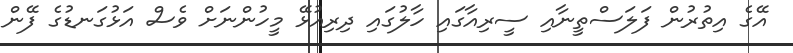
އޭގެ އިތުރުން ފަލަސްތީނާއި ސީރިއާގައި ހާލުގައި ދިރިއުޅޭ މީހުންނަށް ވެސް އަޅުގަނޑުގެ ފޭން